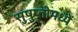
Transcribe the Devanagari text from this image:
सुषुप्तीमध्यें